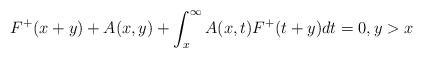
LaTeX: \begin{align*}F^{+}(x+y)+A(x,y)+\int_{x}^{\infty}A(x,t)F^{+}(t+y)dt=0,y>x \end{align*}